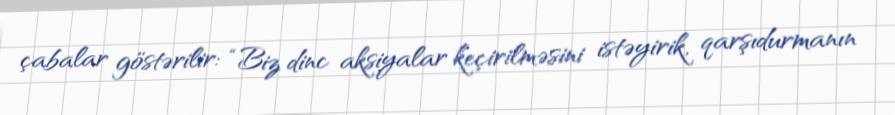
çabalar göstərilir: “Biz dinc aksiyalar keçirilməsini istəyirik, qarşıdurmanın